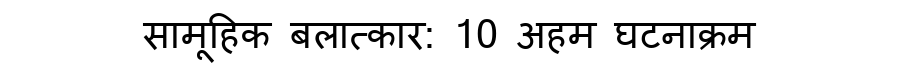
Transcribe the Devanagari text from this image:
सामूहिक बलात्कार: 10 अहम घटनाक्रम